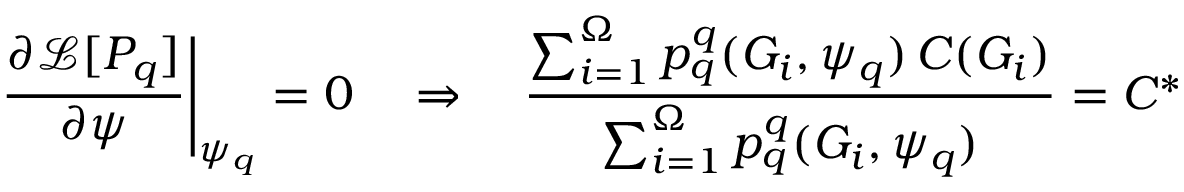
\left. \frac { \partial \mathcal { L } [ P _ { q } ] } { \partial \psi } \right| _ { \psi _ { q } } = 0 \quad \Rightarrow \quad \frac { \sum _ { i = 1 } ^ { \Omega } p _ { q } ^ { q } ( G _ { i } , \psi _ { q } ) \, C ( G _ { i } ) } { \sum _ { i = 1 } ^ { \Omega } p _ { q } ^ { q } ( G _ { i } , \psi _ { q } ) } = C ^ { * }